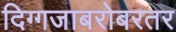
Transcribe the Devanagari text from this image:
दिग्गजाबरोबरतर